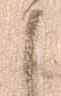
御